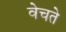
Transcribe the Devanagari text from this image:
वेचते